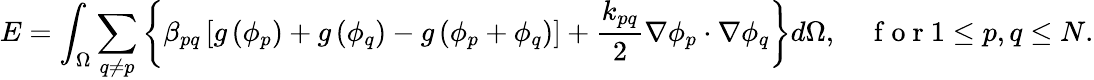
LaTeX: E=\int_{\Omega}\sum_{q\neq p}\left\{ \beta_{pq}\left[g\left(\phi_{p}\right)+g\left(\phi_{q}\right)-g\left(\phi_{p}+\phi_{q}\right)\right]+\frac{k_{pq}}{2}\nabla\phi_{p}\cdot\nabla\phi_{q}\right\} d\Omega,\quad\mathrm{~f~o~r~}1\leq p,q\leq N.